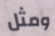
ومثل